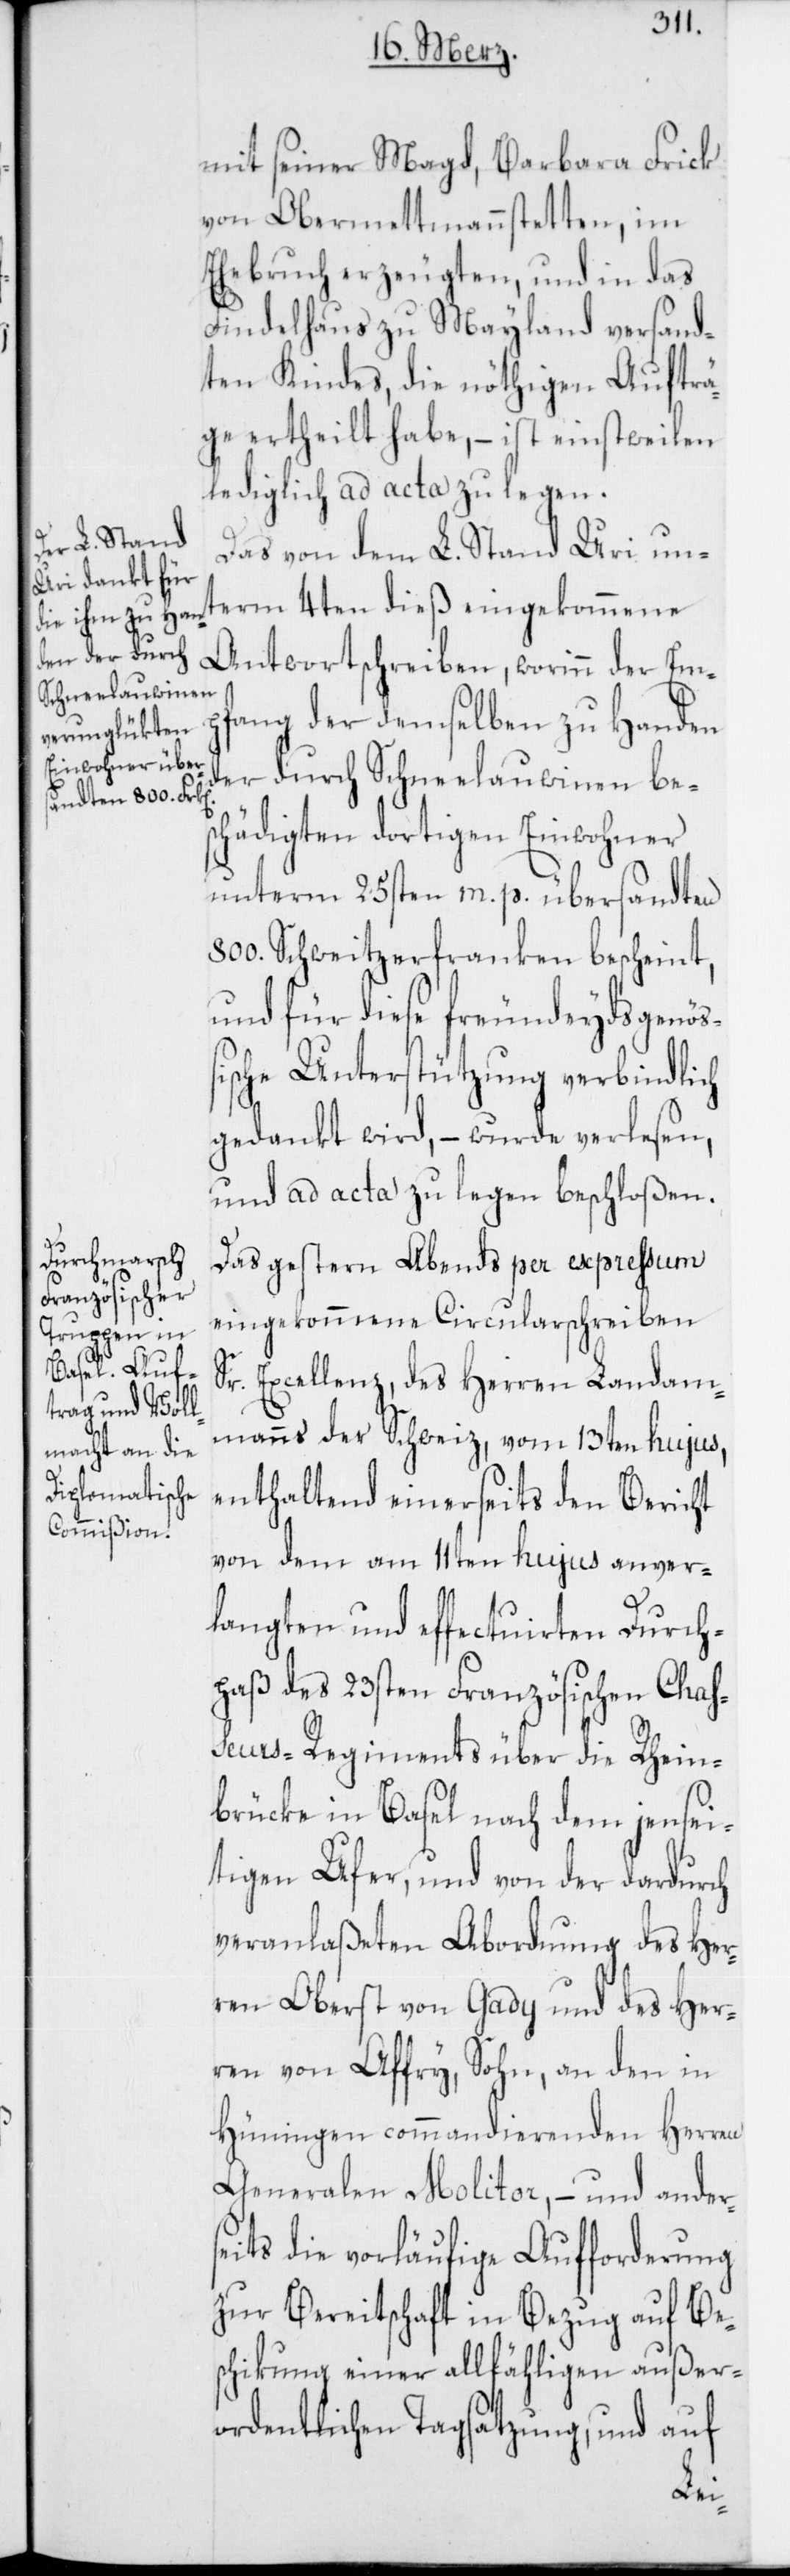
mit seiner Magd, Barbara Frick
von Obermettmenstetten, im
Ehebruch erzeugten, und in das
Findelhaus zu Mayland versand¬
ten Kindes, die nöthigen Aufträ¬
ge ertheilt habe, – ist einstweilen
lediglich ad acta zu legen.
Das von dem L. Stand Uri un¬
Antwortschreiben, worinn der Em¬
pfang der demselben zu Handen
der durch Schneelauwinen be¬
schädigten dortigen Einwohner
unterm 25sten m. p. übersandten
800. Schweitzerfranken bescheint,
und für diese freundeydsgenöß¬
ische Unterstützung verbindlich
gedankt wird, – wurde verlesen,
und ad acta zu legen beschloßen.
4ten
Das gestern Abends per expreßum
eingekommene Circularschreiben
Sr. Excellenz, des Herren Landam¬
manns der Schweiz, vom 13ten hujus,
enthaltend einerseits den Bericht
von dem am 11ten hujus anver¬
langten und effectuierten Durch¬
paß des 23sten Französischen Chas¬
seurs-Regiments über die Rhein¬
brücke in Basel nach dem jensei¬
tigen Ufer, und von der dardurch
veranlaßeten Abordnung des Her¬
ren Oberst von Gady und des Her¬
ren von Affry, Sohn, an den in
Hüningen commandierenden Herren
Generalen Molitor, – und anders¬
eits die vorläufige Aufforderung
zur Bereitschaft in Bezug auf Be¬
schikung einer allfähligen außer¬
ordentlichen Tagsatzung, und auf
dieß